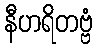
နီဟရိတဗ္ဗံ